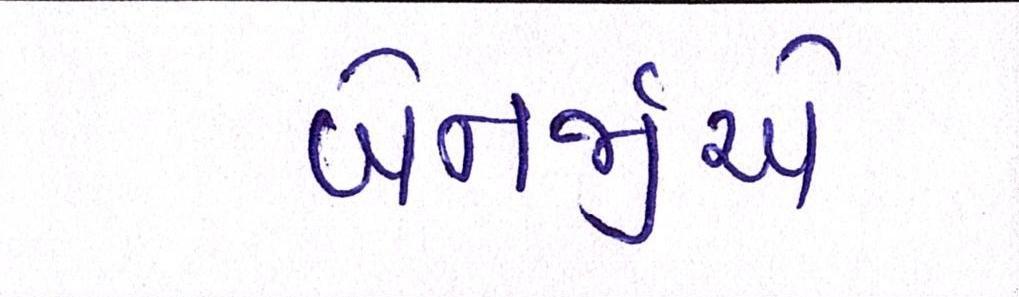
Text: બેનર્જીએ